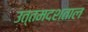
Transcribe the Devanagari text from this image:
उत्तमदशताल